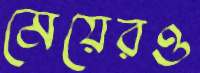
মেয়েরও